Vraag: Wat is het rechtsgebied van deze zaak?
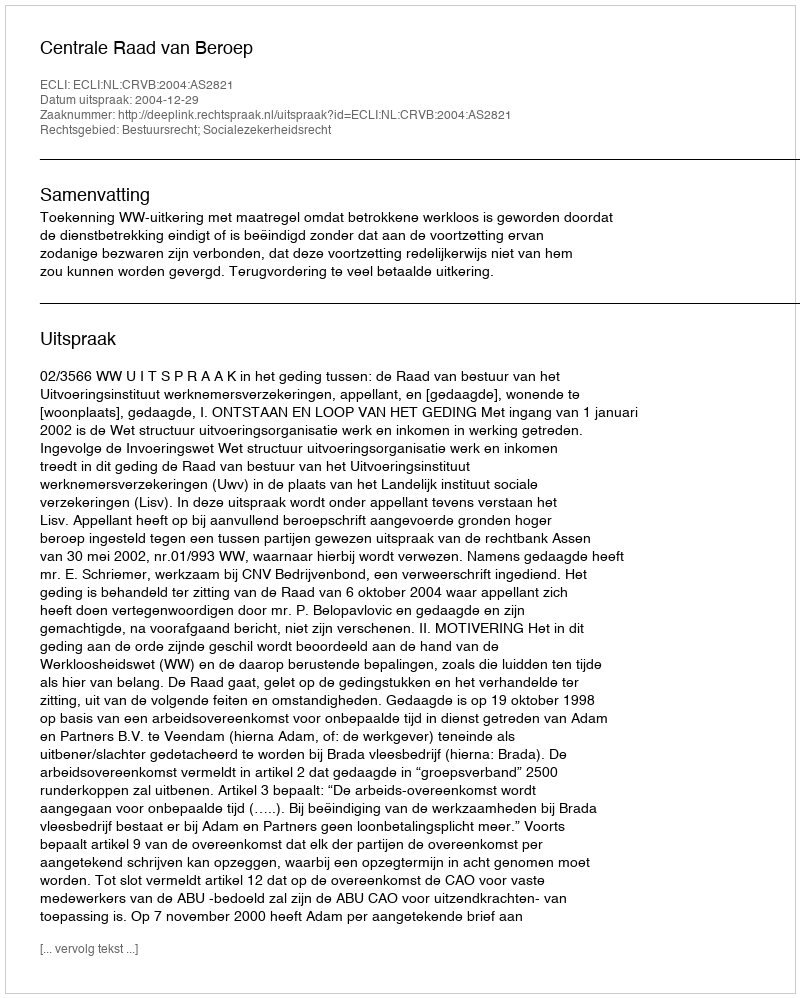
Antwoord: Bestuursrecht; Socialezekerheidsrecht